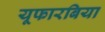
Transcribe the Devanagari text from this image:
यूफारबिया